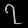
Digit: ၇